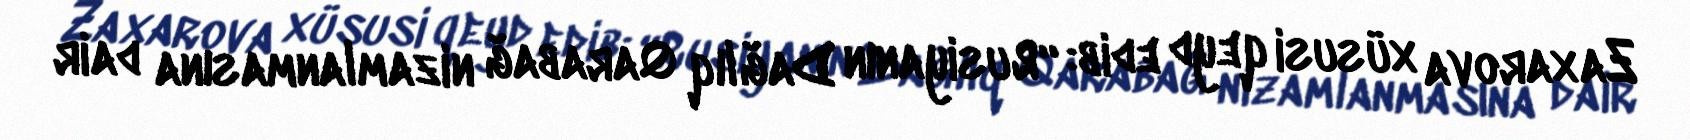
Zaxarova xüsusi qeyd edib: “Rusiyanın Dağlıq Qarabağ nizamlanmasına dair